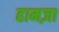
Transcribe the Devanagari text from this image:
हामज़ा